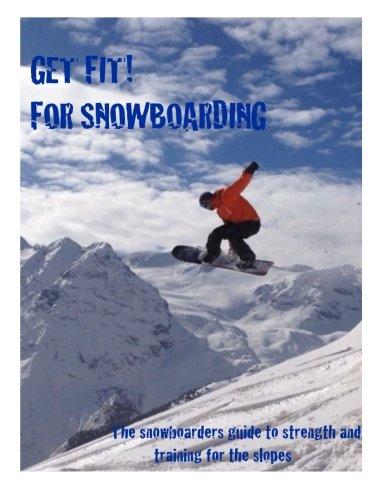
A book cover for Get Fit for Snowboarding: a guide to training and stretching for snowboarding; C Yates; Sports & Outdoors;